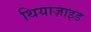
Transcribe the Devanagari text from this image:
थियाज़ाइड